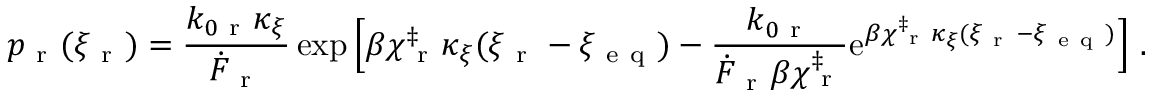
p _ { \mathrm { ~ r ~ } } ( \xi _ { \mathrm { ~ r ~ } } ) = \frac { k _ { 0 \mathrm { ~ r ~ } } \kappa _ { \xi } } { \dot { F } _ { \mathrm { ~ r ~ } } } \exp { \Big [ \beta \chi _ { \mathrm { ~ r ~ } } ^ { \ddag } \kappa _ { \xi } ( \xi _ { \mathrm { ~ r ~ } } - \xi _ { \mathrm { ~ e ~ q ~ } } ) - \frac { k _ { 0 \mathrm { ~ r ~ } } } { \dot { F } _ { \mathrm { ~ r ~ } } \beta \chi _ { \mathrm { ~ r ~ } } ^ { \ddag } } \mathrm { e } ^ { \beta \chi _ { \mathrm { ~ r ~ } } ^ { \ddag } \kappa _ { \xi } ( \xi _ { \mathrm { ~ r ~ } } - \xi _ { \mathrm { ~ e ~ q ~ } } ) } \Big ] } ~ .